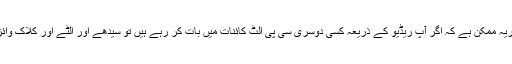
ذیلی جوہری ذرّات کی خصوصیات کو جانچ کریہ ممکن ہے کہ اگر آپ ریڈیو کے ذریعہ کسی دوسری سی پی الٹ کائنات میں بات کر رہے ہیں تو سیدھے اور الٹے اور کلاک وائز اور ضد کلاک وائز کا فرق بتایا جا سکتا ہے۔